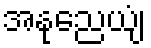
အနုညေယျံ